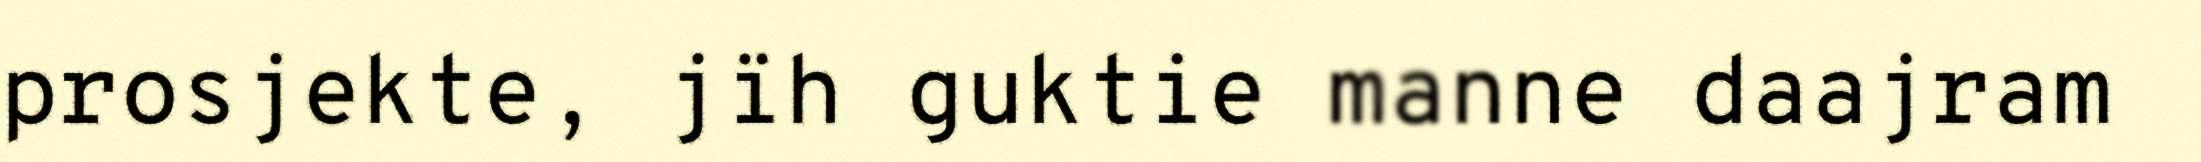
prosjekte, jïh guktie manne daajram